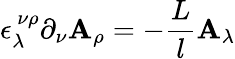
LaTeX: \epsilon_{\lambda}^{~\nu\rho}\partial_{\nu}\mathbf{A}_{\rho}=-\frac{{L}}{l}\mathbf{A}_{\lambda}